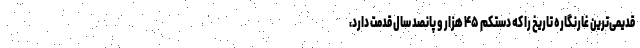
قدیمی‌ترین غارنگاره تاریخ را که دستکم ۴۵ هزار و پانصد سال قدمت دارد،